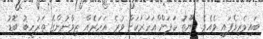
ބައިވެރިވެފައި ވެއެވެ. ޔޫތު ކަޕަށް ްއަހަރަކަށް ވުރެ އަހަރެއް ޒިވާނުންގެ ތަރުހީބު ބޮޑު